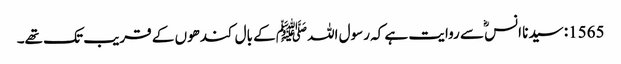
1565: سیدنا انسؓ سے روایت ہے کہ رسول اللہﷺ کے بال کندھوں کے قریب تک تھے۔